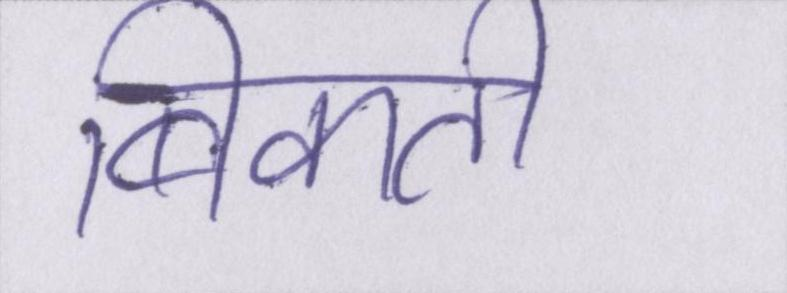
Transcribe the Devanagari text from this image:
बिकती